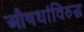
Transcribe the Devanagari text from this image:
औषधांविरुद्ध